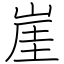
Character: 崖